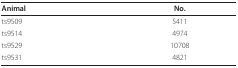
<table><thead><tr><td><b>Animal</b></td><td><b>No.</b></td></tr></thead><tbody><tr><td>ts9509</td><td>5411</td></tr><tr><td>ts9514</td><td>4974</td></tr><tr><td>ts9529</td><td>10708</td></tr><tr><td>ts9531</td><td>4821</td></tr></tbody></table>